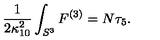
\frac 1 { 2 \kappa _ { 1 0 } ^ { 2 } } \int _ { S ^ { 3 } } F ^ { ( 3 ) } = N \tau _ { 5 } .